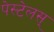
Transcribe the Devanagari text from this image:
पेस्टेलस्